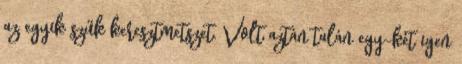
az egyik szűk keresztmetszet. Volt aztán talán egy-két igen